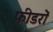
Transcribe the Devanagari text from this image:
फीडरों